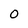
Character: O